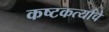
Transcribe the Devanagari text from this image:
कष्टकर्त्याचे